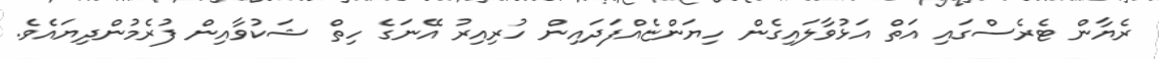
ރެޔާން ޓެރެސްގައި އަތް އަޅުވާލައިގެން ހިޔަންޏެއްފަދައިން ހުރިއިރު އޭނަގެ ހިތް ޝަކުވާއިން ފުރެމުންދިޔައެވެ.